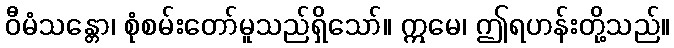
ဝီမံသန္တော၊ စုံစမ်းတော်မူသည်ရှိသော်။ ဣမေ၊ ဤရဟန်းတို့သည်။